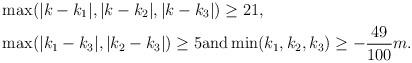
LaTeX: \begin{align*}& \max (|k-k_1|, |k- k_2|, |k-k_3|) \geq 21,\\& \max (|k_1 - k_3| , |k_2-k_3|) \geq 5 \mbox{and} \min (k_1,k_2,k_3) \geq -\frac{49}{100}m .\end{align*}